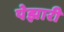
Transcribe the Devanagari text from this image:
पेझारी